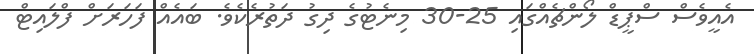
އެއީވެސް ސްޕީޑް ލޯންޗެެއްގައި 25-30 މިނެޓުގެ ދިގު ދަތުރެކެވެ. ބައެއް ފަހަރަށް ފްލައިޓް